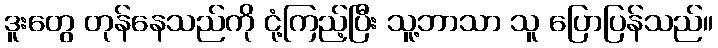
ဒူးတွေ တုန်နေသည်ကို ငုံ့ကြည့်ပြီး သူ့ဘာသာ သူ ပြောပြန်သည်။